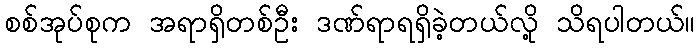
စစ်အုပ်စုက အရာရှိတစ်ဦး ဒဏ်ရာရရှိခဲ့တယ်လို့ သိရပါတယ်။